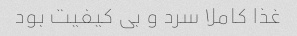
غذا کاملا سرد و بی کیفیت بود